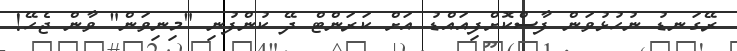
ރޭގަނޑު ނުހުޅުވަން ފާސްކޮށްފިއައްޑު އަށް ކަރަންޓް ދޭ ކުންފުނި "މިނިވަން" ވާން ޖެހޭ!